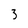
Character: 3